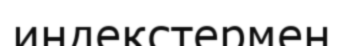
индекстермен